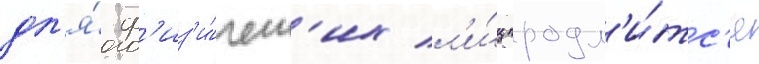
дл'я́ ф'из'и́ческ'их л'и́ц продл'и́тс'я